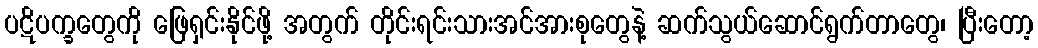
ပဋိပက္ခတွေကို ဖြေရှင်းနိုင်ဖို့ အတွက် တိုင်းရင်းသားအင်အားစုတွေနဲ့ ဆက်သွယ်ဆောင်ရွက်တာတွေ၊ ပြီးတော့